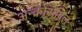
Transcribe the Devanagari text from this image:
अन्क्रोसेबिल